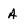
Character: A